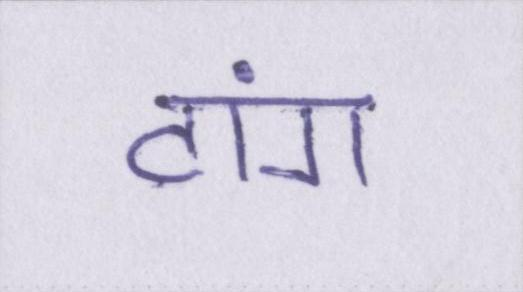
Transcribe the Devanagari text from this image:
टांग